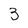
Character: 3